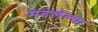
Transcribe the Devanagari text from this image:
मढलेल्या